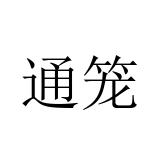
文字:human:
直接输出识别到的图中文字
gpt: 通笼